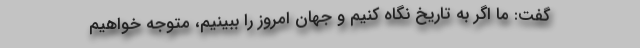
گفت: ما اگر به تاریخ نگاه کنیم و جهان امروز را ببینیم، متوجه خواهیم